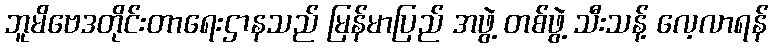
ဘူမိဗေဒတိုင်းတာရေးဌာနသည် မြန်မာပြည် အဖွဲ့ တစ်ဖွဲ့ သီးသန့် လေ့လာရန်